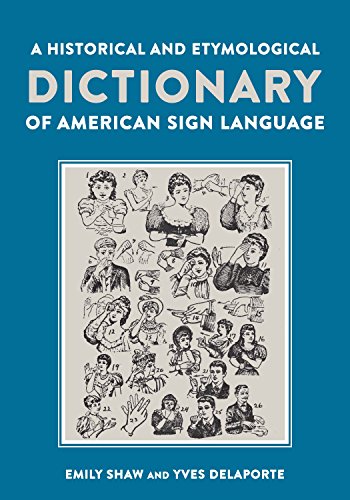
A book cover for A Historical and Etymological Dictionary of American Sign Language; Emily Shaw; Reference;